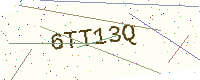
Text: 6TT13Q